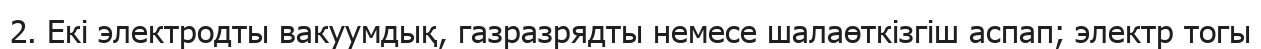
2. Екі электродты вакуумдық, газразрядты немесе шалаөткізгіш аспап; электр тогы